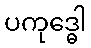
ပကုဒ္ဓေါ